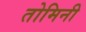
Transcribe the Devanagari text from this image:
तोमिनी